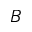
{ \cal B }